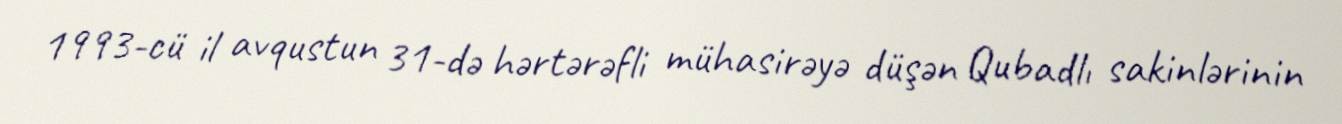
1993-cü il avqustun 31-də hərtərəfli mühasirəyə düşən Qubadlı sakinlərinin